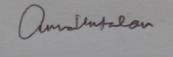
Signature authenticity: genuine